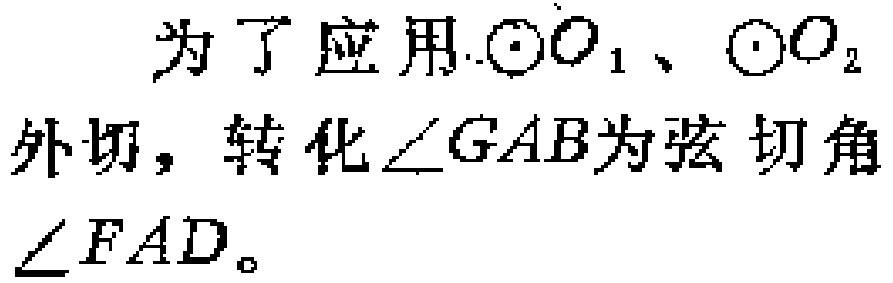
为了应用\(\odot O_{1}\)、\(\odot O_{2}\)外切，转化\(\angle GAB\)为弦切角\(\angle FAD\)。